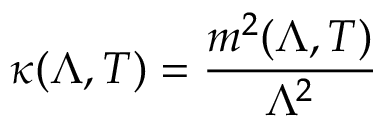
\kappa ( \Lambda , T ) = \frac { m ^ { 2 } ( \Lambda , T ) } { \Lambda ^ { 2 } }